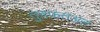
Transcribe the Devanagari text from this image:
तुहफ़तअल